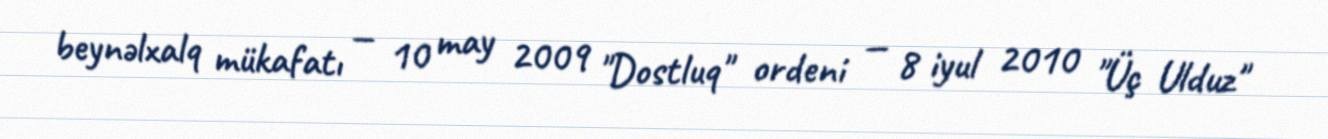
beynəlxalq mükafatı — 10 may 2009 "Dostluq" ordeni — 8 iyul 2010 "Üç Ulduz"